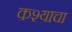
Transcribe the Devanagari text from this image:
कश्याचा